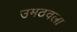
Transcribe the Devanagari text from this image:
उमठवला